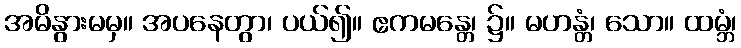
အမိနွားမမှ။ အပနေတွာ၊ ပယ်၍။ ဧကမန္တေ၊ ၌။ မဟန္တံ၊ သော။ ထမ္ဘံ၊